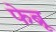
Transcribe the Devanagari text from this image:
फेब्रू